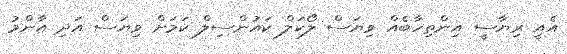
އެއީ ރިޔާސީ އިންތިހާބެއް ވިޔަސް ލޯކަލް ކައުންސިލް ކަމަށް ވިޔަސް އަދި އާންމު